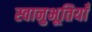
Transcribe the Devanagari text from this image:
स्वानुभूतियाँ